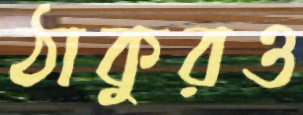
ঠাকুরও